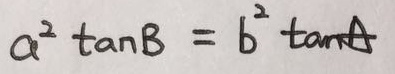
a ^ { 2 } \tan B = b ^ { 2 } \tan A